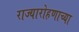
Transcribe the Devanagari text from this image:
राज्यारोहणाच्या